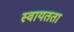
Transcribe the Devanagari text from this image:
स्‍वायतता